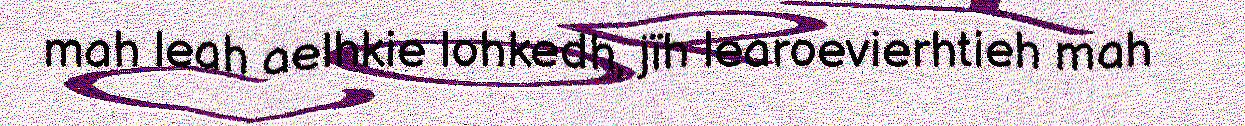
mah leah aelhkie lohkedh, jïh learoevierhtieh mah